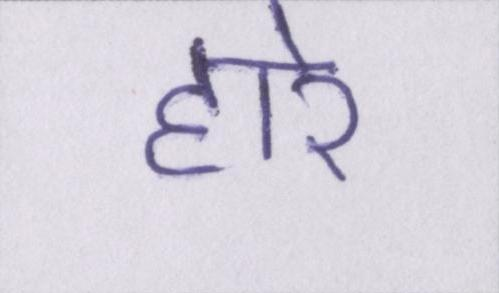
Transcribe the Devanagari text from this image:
हारे